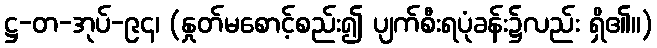
ဋ္ဌ-တ-အုပ်-၉၄၊ (နှုတ်မစောင့်စည်း၍ ပျက်စီးရပုံခန်း၌လည်း ရှိ၏။)